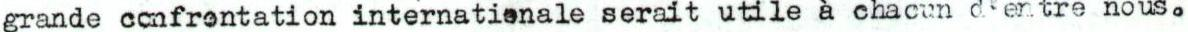
grande confrentation internationale serait utile à chacun d'entre nous.